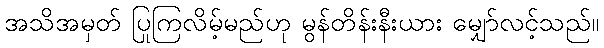
အသိအမှတ် ပြုကြလိမ့်မည်ဟု မွန်တိန်းနီးယား မျှော်လင့်သည်။